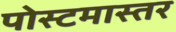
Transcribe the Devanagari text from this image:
पोस्टमास्तर